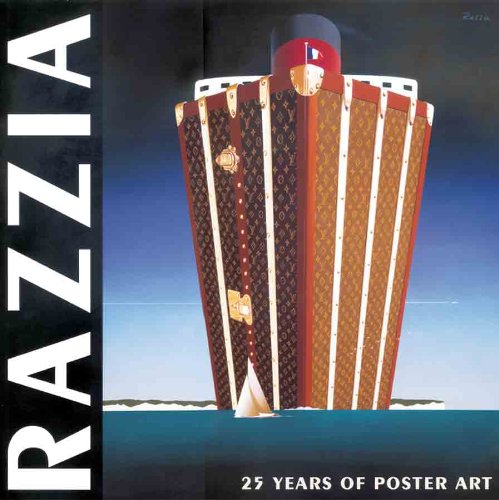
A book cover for Razzia: 25 Years of Poster Art; Mickey Ross; Crafts, Hobbies & Home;